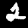
Label: 2